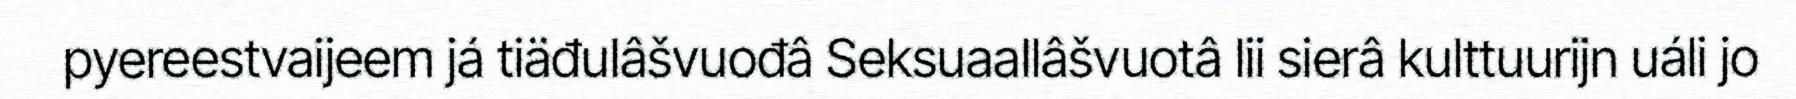
pyereestvaijeem já tiäđulâšvuođâ Seksuaallâšvuotâ lii sierâ kulttuurijn uáli jo